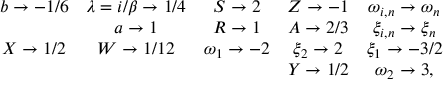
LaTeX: \begin{array} { c c c c c } { { b \rightarrow - 1 / 6 } } & { { \lambda = i / \beta \rightarrow 1 / 4 } } & { { S \rightarrow 2 } } & { { Z \rightarrow - 1 } } & { { \omega _ { i , n } \rightarrow \omega _ { n } } } \\ { { } } & { { a \rightarrow 1 } } & { { R \rightarrow 1 } } & { { A \rightarrow 2 / 3 } } & { { \xi _ { i , n } \rightarrow \xi _ { n } } } \\ { { X \rightarrow 1 / 2 } } & { { W \rightarrow 1 / 1 2 } } & { { \omega _ { 1 } \rightarrow - 2 } } & { { \xi _ { 2 } \rightarrow 2 } } & { { \xi _ { 1 } \rightarrow - 3 / 2 } } \\ { { } } & { { } } & { { } } & { { Y \rightarrow 1 / 2 } } & { { \omega _ { 2 } \rightarrow 3 , } } \end{array}